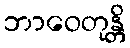
ဘာဝေတုန္တိ